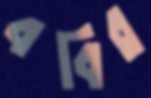
ববির